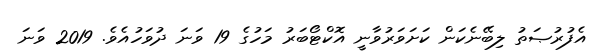
އެފުރުޞަތު ލިބޭނެކަން ކަށަވަރުވާނީ އޮކްޓޯބަރު މަހުގެ 19 ވަނަ ދުވަހުއެވެ. 2019 ވަނަ